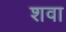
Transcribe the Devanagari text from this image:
शवा